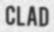
CLAD